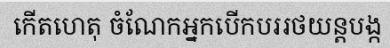
កើតហេតុ ចំណែកអ្នកបើកបររថយន្តបង្ក